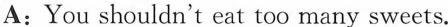
A：You shouldn't eat too many sweets.